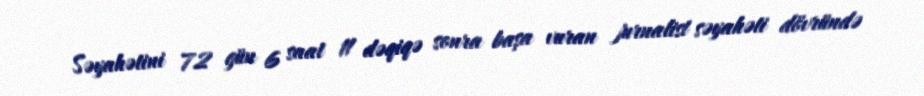
Səyahətini 72 gün 6 saat 11 dəqiqə sonra başa vuran jurnalist səyahəti dövründə